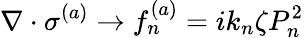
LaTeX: \nabla\cdot\sigma^{(a)}\rightarrow f_{n}^{(a)}=ik_{n}\zeta P_{n}^{2}